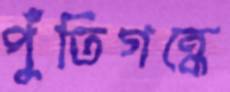
পুঁতিগন্ধে